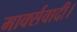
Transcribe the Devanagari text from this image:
मार्क्सवादी।